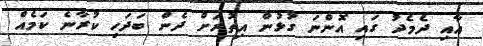
އާއި ދެމެދު ގައި އޮންނަ ގުޅުން އިތުރަށް ދެން ބަދަހި ކުރާނެ ކަމެއް